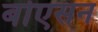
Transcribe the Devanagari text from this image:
बोएसन